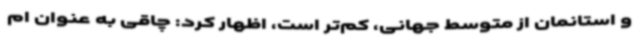
و استانمان از متوسط جهانی، کم‌تر است، اظهار کرد: چاقی به عنوان ام